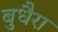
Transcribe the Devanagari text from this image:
बुधैरा